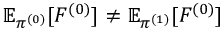
\mathbb { E } _ { \pi ^ { ( 0 ) } } [ F ^ { ( 0 ) } ] \neq \mathbb { E } _ { \pi ^ { ( 1 ) } } [ F ^ { ( 0 ) } ]